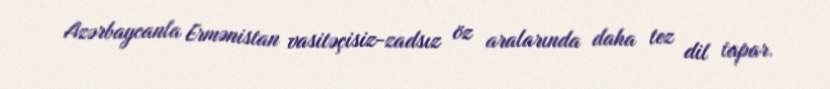
Azərbaycanla Ermənistan vasitəçisiz-zadsız öz aralarında daha tez dil tapar.